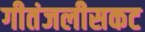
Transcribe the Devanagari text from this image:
गीतंजलीसकट